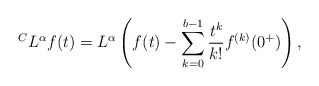
\begin{align*} {}^C L^\alpha f(t) = L^\alpha\left( f(t) - \sum_{k=0}^{b-1}\frac{t^{k}}{k!} f^{(k)}(0^+)\right), \end{align*}